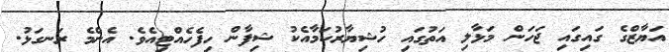
އަޔާޒްގެ ގައިގައި ޖަހަން މަޅާލި އަތުގައި ހުޝިޔާރުކަމާއެކު ޝިފާން ހިފެހެއްޓިއެވެ. އެންމެ ރަނގަޅު.